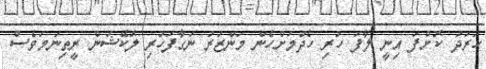
ހަރަދު ކޮށްފަ އިނީ ލާފަ ހުރި ހެދުމަށްހެން މަންޒަރު ނަގާފަހުރި ލޮކޭޝަން ރީތިނަމަވެސް